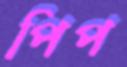
পিপ